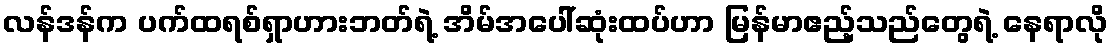
လန်ဒန်က ပက်ထရစ်ရှာဟားဘတ်ရဲ့ အိမ်အပေါ်ဆုံးထပ်ဟာ မြန်မာဧည့်သည်တွေရဲ့ နေရာလို